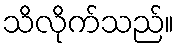
သိလိုက်သည်။